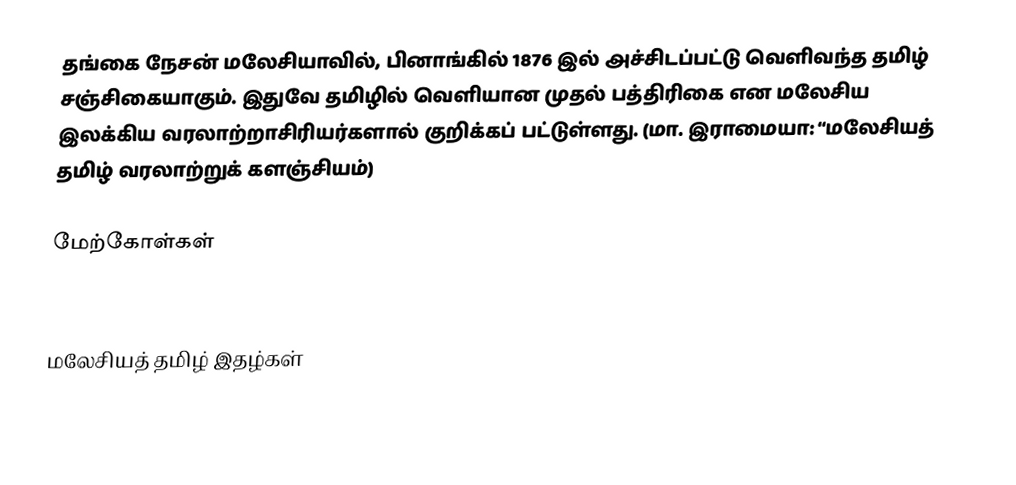
தங்கை நேசன் மலேசியாவில், பினாங்கில் 1876 இல் அச்சிடப்பட்டு வெளிவந்த தமிழ் சஞ்சிகையாகும். இதுவே தமிழில் வெளியான முதல் பத்திரிகை என மலேசிய இலக்கிய வரலாற்றாசிரியர்களால் குறிக்கப் பட்டுள்ளது. (மா. இராமையா: “மலேசியத் தமிழ் வரலாற்றுக் களஞ்சியம்)

மேற்கோள்கள்

மலேசியத் தமிழ் இதழ்கள்